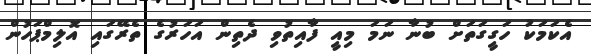
އެކަމަކު ހަގީގަތަށް ބުނާ ނަމަ މިއީ ފާއިތުވި ދެތިން އަހަރުގެ ތެރޭގައި އޮލިމްޕަހުން